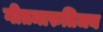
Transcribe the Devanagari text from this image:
गीतमारुतिजय